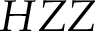
H Z Z